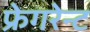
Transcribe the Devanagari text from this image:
फ्रेगरेन्ट